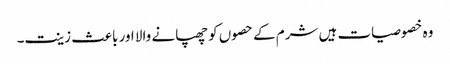
وہ خصوصیات ہیں شرم کے حصوں کو چھپانے والا اور باعث زینت۔